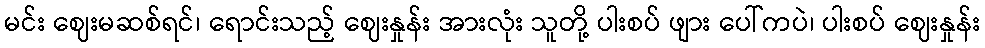
မင်း ဈေးမဆစ်ရင်၊ ရောင်းသည့် ဈေးနှုန်း အားလုံး သူတို့ ပါးစပ် ဖျား ပေါ်ကပဲ၊ ပါးစပ် ဈေးနှုန်း